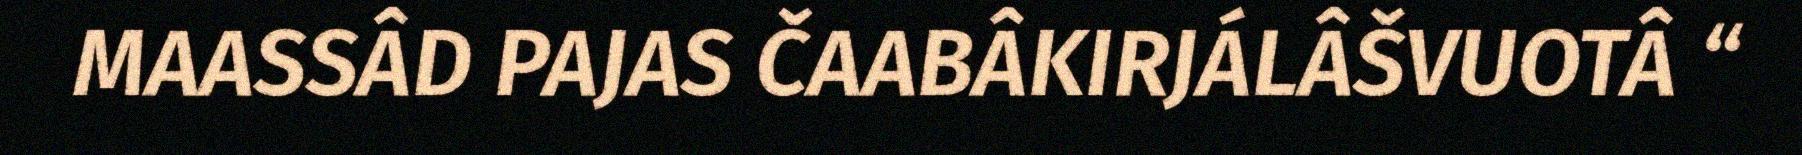
MAASSÂD PAJAS ČAABÂKIRJÁLÂŠVUOTÂ “